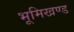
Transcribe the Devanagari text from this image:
भूमिखण्ड